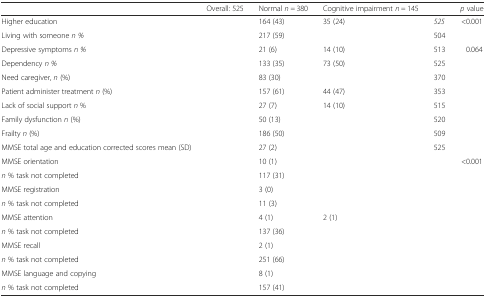
<table><thead><tr><td>[EMPTY_CELL]</td><td><b>Overall: 525</b></td><td><b>Normal <i>n =</i> 380</b></td><td><b>Cognitive impairment <i>n =</i> 145</b></td><td>[EMPTY_CELL]</td><td><b><i>p</i> value</b></td></tr></thead><tbody><tr><td>Higher education</td><td>[EMPTY_CELL]</td><td>164 (43)</td><td>35 (24)</td><td><i>525</i></td><td>&lt;0.001</td></tr><tr><td>Living with someone <i>n %</i></td><td>[EMPTY_CELL]</td><td>217 (59)</td><td>[EMPTY_CELL]</td><td>504</td><td>[EMPTY_CELL]</td></tr><tr><td>Depressive symptoms <i>n %</i></td><td>[EMPTY_CELL]</td><td>21 (6)</td><td>14 (10)</td><td>513</td><td>0.064</td></tr><tr><td>Dependency <i>n %</i></td><td>[EMPTY_CELL]</td><td>133 (35)</td><td>73 (50)</td><td>525</td><td>[EMPTY_CELL]</td></tr><tr><td>Need caregiver, <i>n</i> (%)</td><td>[EMPTY_CELL]</td><td>83 (30)</td><td>[EMPTY_CELL]</td><td>370</td><td>[EMPTY_CELL]</td></tr><tr><td>Patient administer treatment <i>n</i> (%)</td><td>[EMPTY_CELL]</td><td>157 (61)</td><td>44 (47)</td><td>353</td><td>[EMPTY_CELL]</td></tr><tr><td>Lack of social support <i>n</i> %</td><td>[EMPTY_CELL]</td><td>27 (7)</td><td>14 (10)</td><td>515</td><td>[EMPTY_CELL]</td></tr><tr><td>Family dysfunction <i>n</i> (%)</td><td>[EMPTY_CELL]</td><td>50 (13)</td><td>[EMPTY_CELL]</td><td>520</td><td>[EMPTY_CELL]</td></tr><tr><td>Frailty <i>n</i> (%)</td><td>[EMPTY_CELL]</td><td>186 (50)</td><td>[EMPTY_CELL]</td><td>509</td><td>[EMPTY_CELL]</td></tr><tr><td>MMSE total age and education corrected scores mean (SD)</td><td>[EMPTY_CELL]</td><td>27 (2)</td><td>[EMPTY_CELL]</td><td>525</td><td>[EMPTY_CELL]</td></tr><tr><td>MMSE orientation</td><td>[EMPTY_CELL]</td><td>10 (1)</td><td>[EMPTY_CELL]</td><td rowspan="2">[EMPTY_CELL]</td><td rowspan="2">&lt;0.001</td></tr><tr><td><i>n</i> % task not completed</td><td>[EMPTY_CELL]</td><td>117 (31)</td><td>[EMPTY_CELL]</td></tr><tr><td>MMSE registration</td><td>[EMPTY_CELL]</td><td>3 (0)</td><td>[EMPTY_CELL]</td><td rowspan="2">[EMPTY_CELL]</td><td rowspan="2">[EMPTY_CELL]</td></tr><tr><td><i>n</i> % task not completed</td><td>[EMPTY_CELL]</td><td>11 (3)</td><td>[EMPTY_CELL]</td></tr><tr><td>MMSE attention</td><td>[EMPTY_CELL]</td><td>4 (1)</td><td>2 (1)</td><td rowspan="2">[EMPTY_CELL]</td><td rowspan="2">[EMPTY_CELL]</td></tr><tr><td><i>n</i> % task not completed</td><td>[EMPTY_CELL]</td><td>137 (36)</td><td>[EMPTY_CELL]</td></tr><tr><td>MMSE recall</td><td>[EMPTY_CELL]</td><td>2 (1)</td><td>[EMPTY_CELL]</td><td rowspan="2">[EMPTY_CELL]</td><td rowspan="2">[EMPTY_CELL]</td></tr><tr><td><i>n</i> % task not completed</td><td>[EMPTY_CELL]</td><td>251 (66)</td><td>[EMPTY_CELL]</td></tr><tr><td>MMSE language and copying</td><td>[EMPTY_CELL]</td><td>8 (1)</td><td>[EMPTY_CELL]</td><td rowspan="2">[EMPTY_CELL]</td><td rowspan="2">[EMPTY_CELL]</td></tr><tr><td><i>n</i> % task not completed</td><td>[EMPTY_CELL]</td><td>157 (41)</td><td>[EMPTY_CELL]</td></tr></tbody></table>